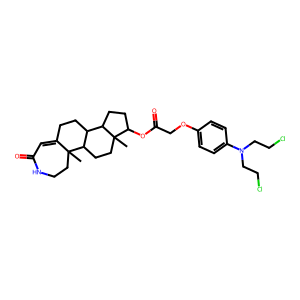
SMILES: CC12CCNC(=O)C=C1CCC1C2CCC2(C)C(OC(=O)COc3ccc(N(CCCl)CCCl)cc3)CCC12
Inhibits HIV replication: No